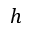
h